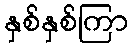
နှစ်နှစ်ကြာ